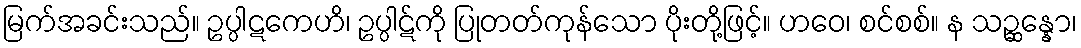
မြက်အခင်းသည်။ ဥပ္ပါဋကေဟိ၊ ဥပ္ပါဋ်ကို ပြုတတ်ကုန်သော ပိုးတို့ဖြင့်။ ဟဝေ၊ စင်စစ်။ န သဉ္ဆန္နော၊